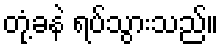
တုံ့ခနဲ ရပ်သွားသည်။